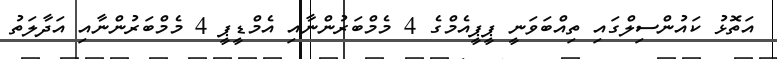
އަތޮޅު ކައުންސިލްގައި ތިއްބަވަނީ ޕީޕީއެމްގެ 4 މެމްބަރުންނާއި އެމްޑީޕީ 4 މެމްބަރުންނާއި އަދާލަތު